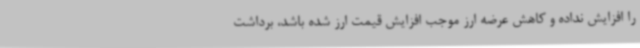
را افزایش نداده و کاهش عرضه ارز موجب افزایش قیمت ارز شده باشد، برداشت